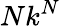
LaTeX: Nk^{N}